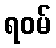
ရဝမ်